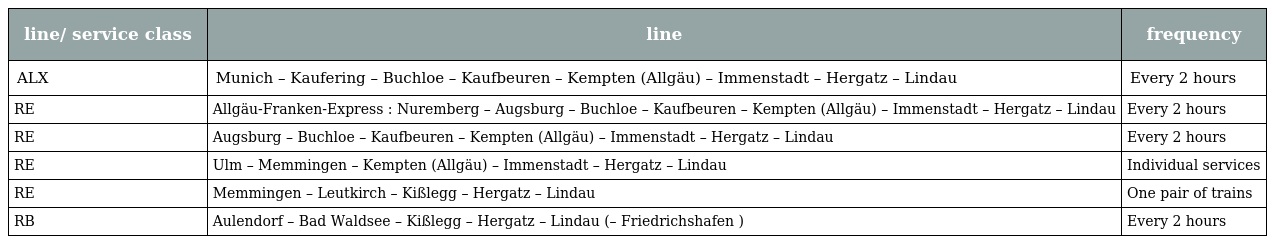
| line/ service class | line | frequency |
 | --- | --- | --- |
 | ALX | Munich – Kaufering – Buchloe – Kaufbeuren – Kempten (Allgäu) – Immenstadt – Hergatz – Lindau | Every 2 hours |
 | RE | Allgäu-Franken-Express : Nuremberg – Augsburg – Buchloe – Kaufbeuren – Kempten (Allgäu) – Immenstadt – Hergatz – Lindau | Every 2 hours |
 | RE | Augsburg – Buchloe – Kaufbeuren – Kempten (Allgäu) – Immenstadt – Hergatz – Lindau | Every 2 hours |
 | RE | Ulm – Memmingen – Kempten (Allgäu) – Immenstadt – Hergatz – Lindau | Individual services |
 | RE | Memmingen – Leutkirch – Kißlegg – Hergatz – Lindau | One pair of trains |
 | RB | Aulendorf – Bad Waldsee – Kißlegg – Hergatz – Lindau (– Friedrichshafen ) | Every 2 hours |